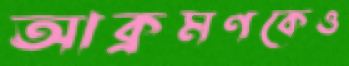
আক্রমণকেও